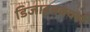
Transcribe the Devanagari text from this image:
डिजाइनवर्क्स